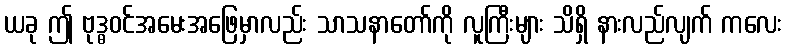
ယခု ဤ ဗုဒ္ဓဝင်အမေးအဖြေမှာလည်း သာသနာတော်ကို လူကြီးများ သိရှိ နားလည်လျက် ကလေး